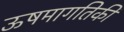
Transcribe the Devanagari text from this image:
ऊषमागतिकी